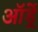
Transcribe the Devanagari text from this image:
ऑर्ड्रे